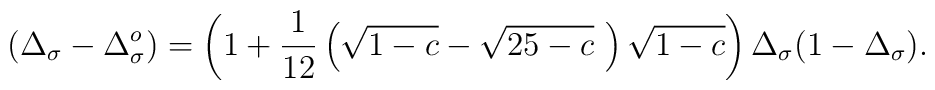
\protect(\Delta_{\sigma} - \Delta_{\sigma}^{o}) = \left(1 +{\frac{1}{12}}\left(\sqrt{1-c} - \sqrt{25-c}~\right)\sqrt{1-c}\right)\Delta_{\sigma}(1 - \Delta_{\sigma}).